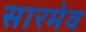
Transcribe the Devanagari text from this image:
सारमेव